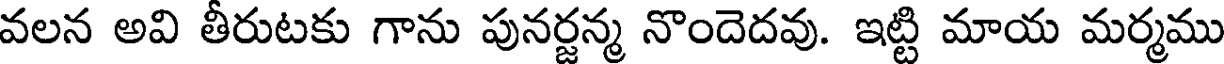
వలన అవి తీరుటకు గాను పునర్జన్మ నొందెదవు. ఇట్టి మాయ మర్మము